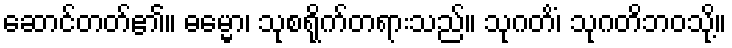
ဆောင်တတ်၏။ ဓမ္မော၊ သုစရိုက်တရားသည်။ သုဂတိံ၊ သုဂတိဘဝသို့။